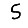
Digit: 5